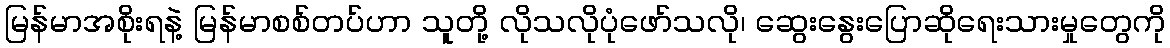
မြန်မာအစိုးရနဲ့ မြန်မာစစ်တပ်ဟာ သူတို့ လိုသလိုပုံဖော်သလို၊ ဆွေးနွေးပြောဆိုရေးသားမှုတွေကို